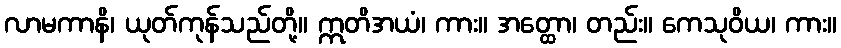
လာမကာနိ၊ ယုတ်ကုန်သည်တို့။ ဣတိအယံ၊ ကား။ အတ္ထော၊ တည်း။ ကေသုဝိယ၊ ကား။